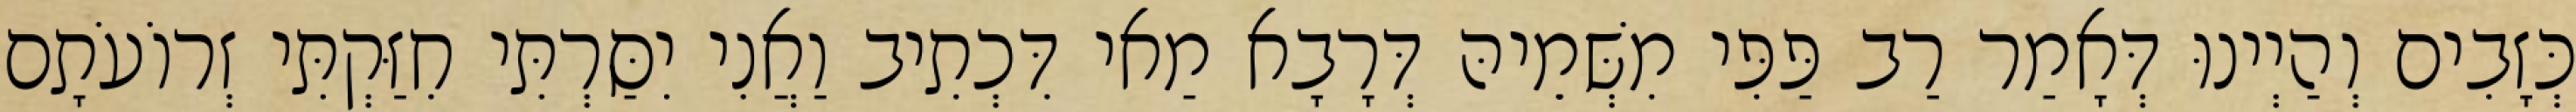
כְּזָבִים וְהַיְינוּ דְּאָמַר רַב פַּפִּי מִשְּׁמֵיהּ דְּרָבָא מַאי דִּכְתִיב וַאֲנִי יִסַּרְתִּי חִזַּקְתִּי זְרוֹעֹתָם